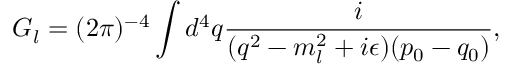
G _ { l } = ( 2 \pi ) ^ { - 4 } \int { d ^ { 4 } q { \frac { i } { ( q ^ { 2 } - m _ { l } ^ { 2 } + i \epsilon ) ( p _ { 0 } - q _ { 0 } ) } } } ,